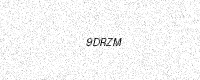
Text: 9DRZM